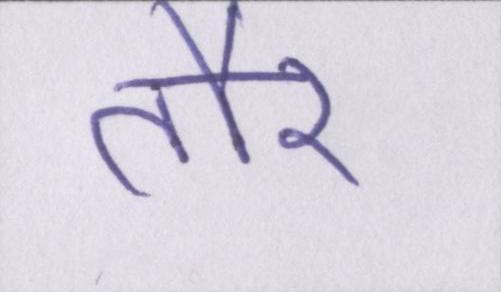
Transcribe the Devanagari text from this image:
तौर